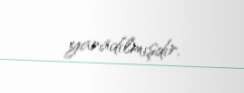
yaradılmışdır.